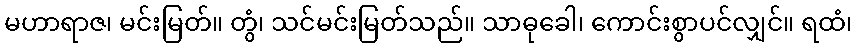
မဟာရာဇ၊ မင်းမြတ်။ တွံ၊ သင်မင်းမြတ်သည်။ သာဓုခေါ၊ ကောင်းစွာပင်လျှင်။ ရထံ၊